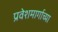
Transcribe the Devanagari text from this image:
प्रवेशमार्गाच्या